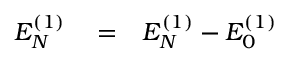
\begin{array} { r l r } { { \cal E } _ { N } ^ { ( 1 ) } } & { { } = } & { E _ { N } ^ { ( 1 ) } - E _ { 0 } ^ { ( 1 ) } } \end{array}